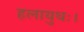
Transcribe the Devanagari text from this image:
हलायुधः।